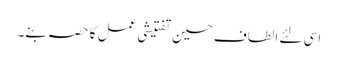
اسی لئے الطاف حسین تفتیشی عمل کا حصہ بنے۔